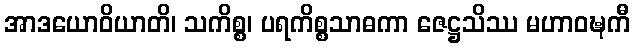
အာဒယောဝိယာတိ၊ သကိစ္စ၊ ပရကိစ္စသာဓကာ ဇေဋ္ဌသိဿ မဟာဝဍ္ဎကီ